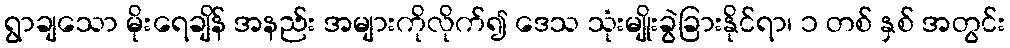
ရွာချသော မိုးရေချိန် အနည်း အများကိုလိုက်၍ ဒေသ သုံးမျိုးခွဲခြားနိုင်ရာ၊ ၁ တစ် နှစ် အတွင်း